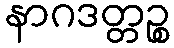
နာဂဒတ္တဉ္စ